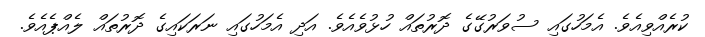
ކުރެއްވިއެވެ. އެމަހުގައި ސުވަރުގޭގެ ދޮރުތައް ހުޅުވެއެވެ. އަދި އެމަހުގައި ނަރަކައިގެ ދޮރުތައް ލެއްޕެއެވެ.